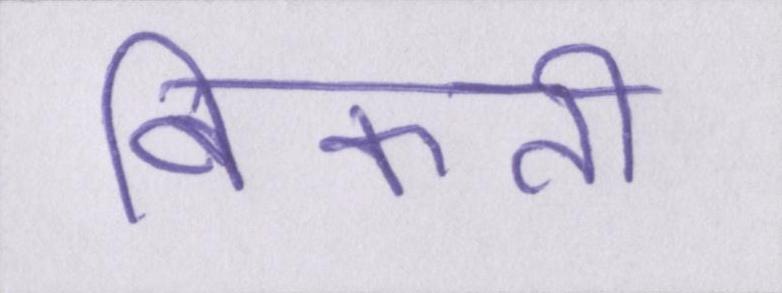
बिकती